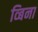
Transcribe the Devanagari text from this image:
व्बिना